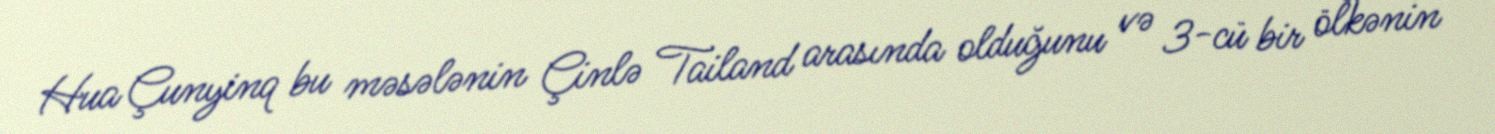
Hua Çunyinq bu məsələnin Çinlə Tailand arasında olduğunu və 3-cü bir ölkənin